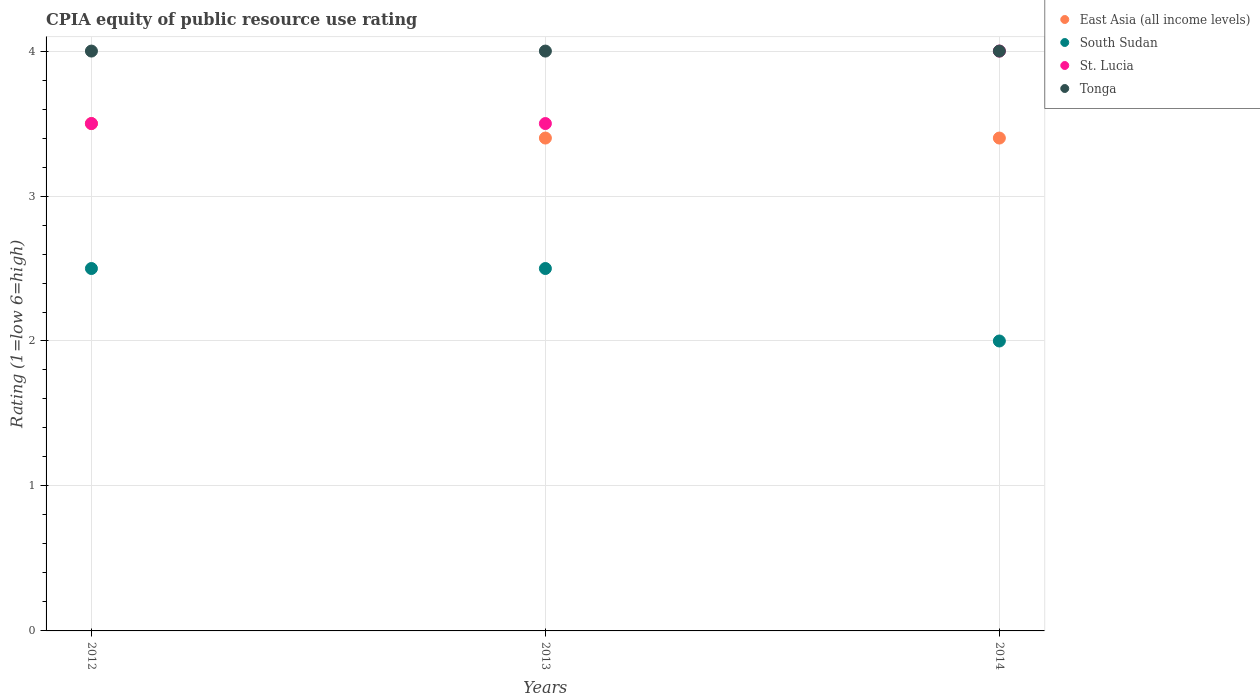
| Years | East Asia (all income levels) | South Sudan | St. Lucia | Tonga |
 | --- | --- | --- | --- | --- |
 | 2012 | 3.5 | 2.5 | 3.5 | 4 |
 | 2013 | 3.4 | 2.5 | 3.5 | 4 |
 | 2014 | 3.4 | 2 | 4 | 4 |